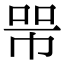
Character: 𢃋